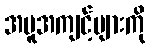
အမူအကျင့်များကို